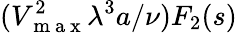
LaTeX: (V_{\mathrm{~m~a~x~}}^{2}\lambda^{3}a/\nu)F_{2}(s)